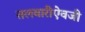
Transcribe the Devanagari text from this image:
तलवारीऐवजी